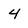
Character: 4